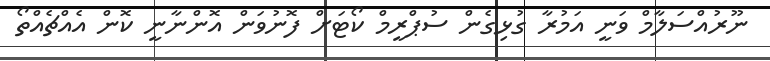
ނޫރުއްސަލާމް ވަނީ އަމުރާ ގުޅިގެން ސުޕްރީމް ކޯޓަށް ފޮނުވަން އޮންނާނީ ކޮން އެއްޗެއްތޯ